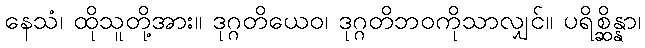
နေသံ၊ ထိုသူတို့အား။ ဒုဂ္ဂတိယေဝ၊ ဒုဂ္ဂတိဘဝကိုသာလျှင်။ ပရိစ္ဆိန္နာ၊